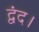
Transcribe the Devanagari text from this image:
द्वंद।